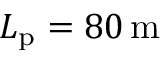
L _ { \mathrm { p } } = 8 0 \, \mathrm { m }